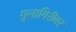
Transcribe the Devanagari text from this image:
गुलागिरीवर